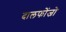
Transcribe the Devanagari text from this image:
दालफोंजो